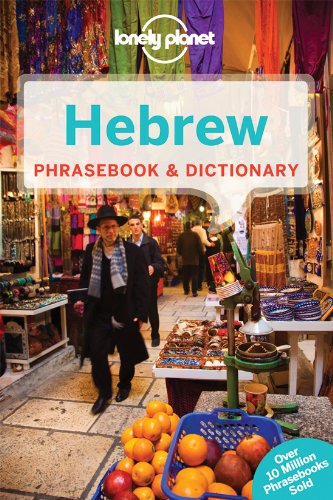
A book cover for Lonely Planet Hebrew Phrasebook & Dictionary (Lonely Planet Phrasebooks); Lonely Planet; Travel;